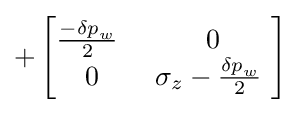
+\left[{\begin{matrix}{\frac {-{\delta p}_{w}}{2}}\ &0\\0&\sigma _{z}-{\frac {{\delta p}_{w}}{2}}\ \\\end{matrix}}\right]